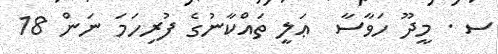
ސ . މީދޫ ހަވާސާ  ޢަލީ ތައްކާނުގެ ފުރިހަމަ ނަން 18